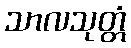
သာလသုတ္တံ